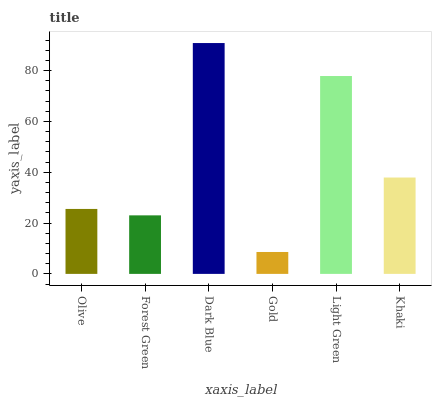
| xaxis_label | bars |
 | --- | --- |
 | Olive | 25.6 |
 | Forest Green | 23 |
 | Dark Blue | 90.8 |
 | Gold | 8.62 |
 | Light Green | 77.8 |
 | Khaki | 37.9 |